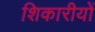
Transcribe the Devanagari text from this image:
शिकारीयों